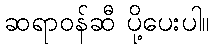
ဆရာဝန်ဆီ ပို့ပေးပါ။